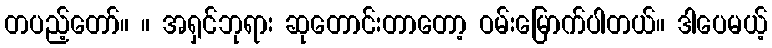
တပည့်တော်။ ။ အရှင်ဘုရား ဆုတောင်းတာတော့ ဝမ်းမြောက်ပါတယ်။ ဒါပေမယ့်